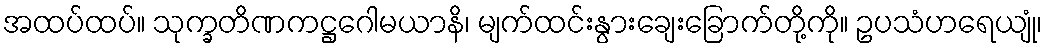
အထပ်ထပ်။ သုက္ခတိဏကဋ္ဌဂေါမယာနိ၊ မျက်ထင်းနွားချေးခြောက်တို့ကို။ ဥပသံဟရေယျုံ၊